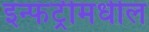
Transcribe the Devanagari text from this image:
इन्फंट्रीमधील